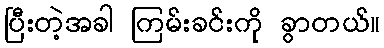
ပြီးတဲ့အခါ ကြမ်းခင်းကို ခွာတယ်။